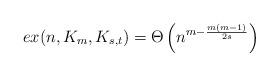
LaTeX: \begin{align*}ex(n,K_m,K_{s,t})=\Theta\left(n^{m-\frac{m(m-1)}{2s}}\right)\end{align*}